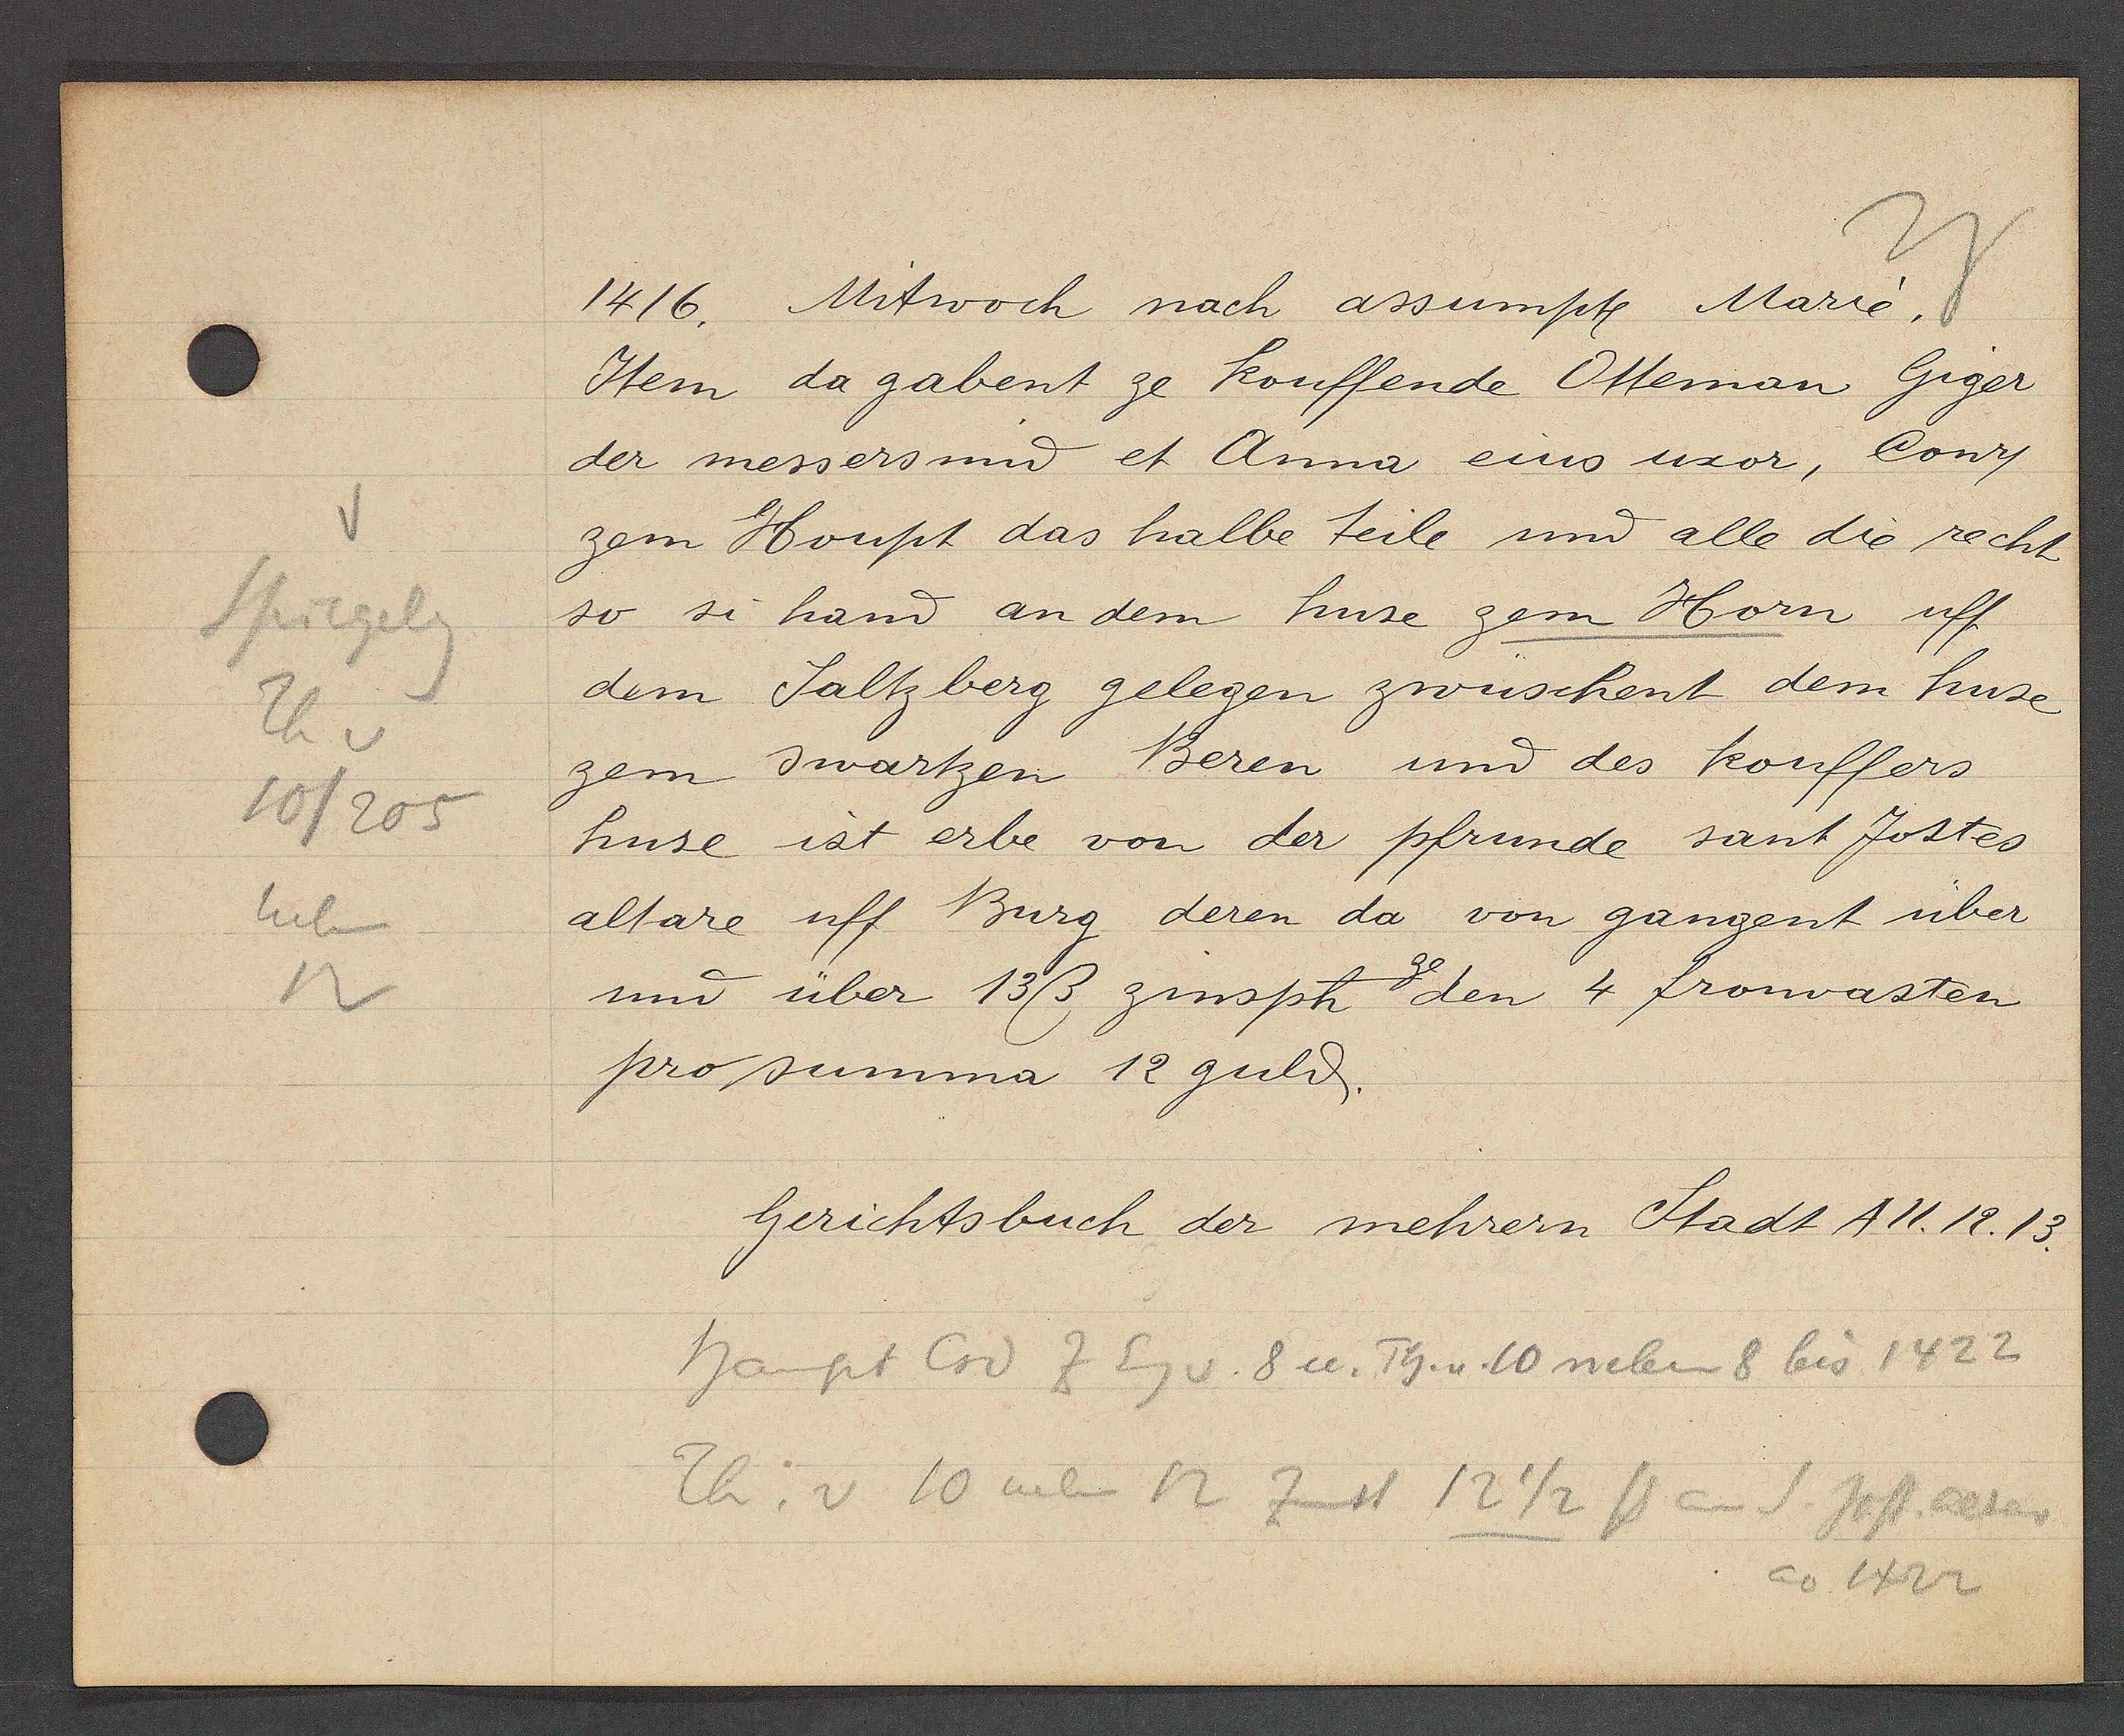
Transcript:
Spiegelg
Th v
10/205
neben
n

1416. Mitwoch nach assumpt Marie.

Item da gabent ze kouffende Otteman Giger
der messers und et Anna eins uxor, Conr
zem Houpt das halbe teile und alle die recht
so si hand an dem huse zem Horn uff
dem Saltzberg gelegen zwüschent dem huse
zem Swartzen Beren und des kouffers
huse ist erbe von der pfrunde sant Jostes
altare uff Burg deren da von gangent über
und über 13ß zinsph ze den 4 fronvasten
pro summa 12 gulȡ.

Gerichtsbuch der mehrern Stadt A11.12.13.

Haupt Crd Z Eig v. 8 u. Th. v. 10 neben 8 bis 1422
Th; v 10 neben 12 zinst 12 1/2 ß an S. Jost altar
ao 1422